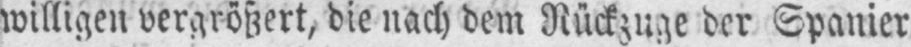
willigen vergrößert, die nach dem Rückzuge der Spanier